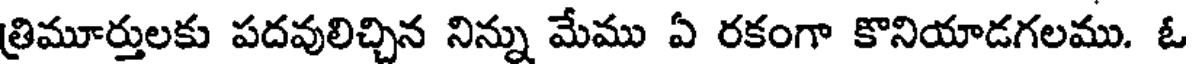
త్రిమూర్తులకు పదవులిచ్చిన నిన్ను మేము ఏ రకంగా కొనియాడగలము. ఓ